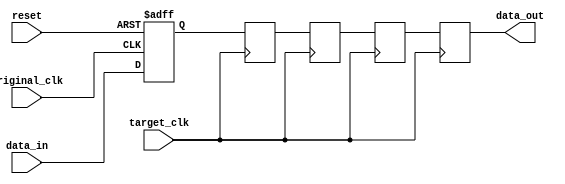
module four_flop_synchronizer (
    input wire original_clk,
    input wire target_clk,
    input wire reset,
    input wire data_in,
    output reg data_out
);

reg [3:0] flop_data [0:3];

always @(posedge original_clk or posedge reset) begin
    if (reset) begin
        flop_data[0] <= 1'b0;
    end else begin
        flop_data[0] <= data_in;
    end
end

genvar i;
generate
    for (i=1; i<4; i=i+1) begin
        always @(posedge target_clk) begin
            flop_data[i] <= flop_data[i-1];
        end
    end
endgenerate

always @(posedge target_clk) begin
    data_out <= flop_data[3];
end

endmodule